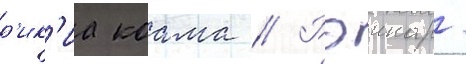
р'ик'иа коама // Рэинар/